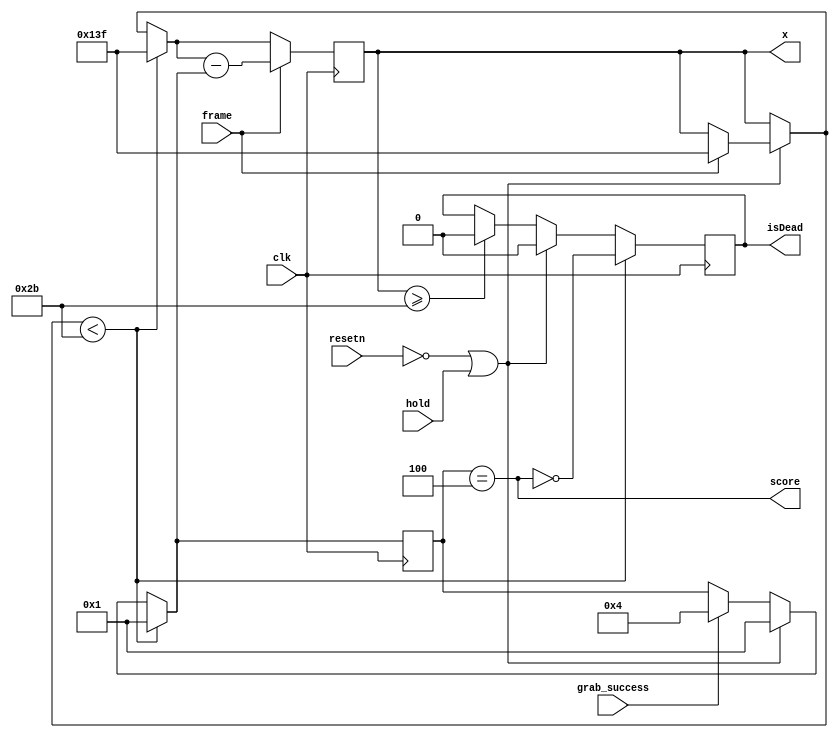
module poro_pos (
	input clk,
	input frame,
	input resetn,
	input grab_success,
	input hold,
	output score,//reg score,
	output reg isDead,
	output reg [8:0] x
	);
	
	localparam	grabV = 4'd4, //4 pixels per frame
				poroV = 4'd1; //1 pixels per frame
	
	//reg grab_count;
	
	reg [3:0] velocity;
	
    always@(posedge clk)
    begin
	if(x>=9'd43)
		isDead = 1'b0;
	if(grab_success)begin
		velocity = grabV;
		//grab_count = 1'b1;
		end
	if((!resetn)||hold)begin
		//grab_count = 1'b0;
		velocity = poroV;
		isDead = 1'b0;
		if(frame) begin
			x = 9'd319;
		end
	end
	if(x<9'd43)begin
		x = 9'd319;
		isDead = !score;
		velocity = poroV;
	end
	if(frame)
		x = x - velocity;
	end

	assign score = (velocity == grabV);
	/*
	always@(posedge clk)
	begin
		if(!resetn || (!grab_count))
		score = 1'b0;
		else if(grab_count)
		begin
			score = 1'b1;
		end
	end	
	*/
endmodule